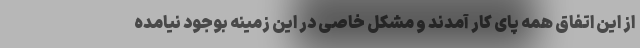
از این اتفاق همه پای کار آمدند و مشکل خاصی در این زمینه بوجود نیامده